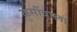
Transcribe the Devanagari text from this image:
कुर्सीवाला